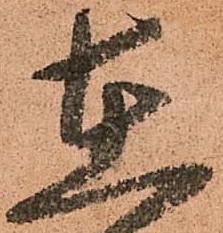
在